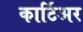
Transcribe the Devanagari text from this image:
कार्टिअर